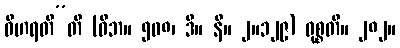
ဝိဟရတီ”တိ (ဝိဘ။ ၅၀၈၊ ဒီ။ နိ။ ၂။၁၂၉) ဝုစ္စတိ။ ၂၈၂။